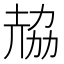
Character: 𠢂